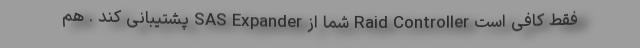
فقط کافی است Raid Controller شما از SAS Expander پشتیبانی کند . هم